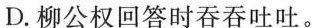
D.柳公权回答时吞吞吐吐。